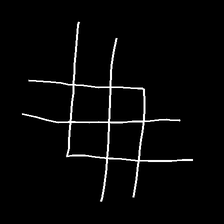
Glyph: crystal